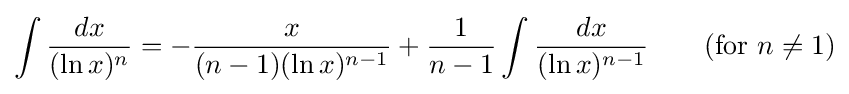
\int {\frac {dx}{(\ln x)^{n}}}=-{\frac {x}{(n-1)(\ln x)^{n-1}}}+{\frac {1}{n-1}}\int {\frac {dx}{(\ln x)^{n-1}}}\qquad {\mbox{(for }}n\neq 1{\mbox{)}}